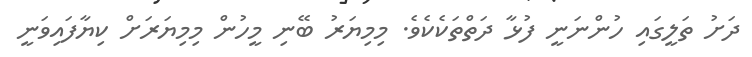
ދަށު ތަލީގައި ހުންނަނީ ފުޅާ ދަތްތަކެކެވެ. މިމިޔަރު ބޭނި މީހުން މިމިޔަރަށް ކިޔާފައިވަނީ